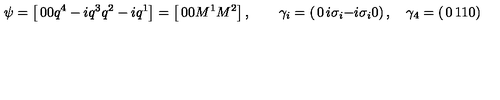
\psi = \left[ \begin{matrix} { 0 } \\ { 0 } \\ { q ^ { 4 } - i q ^ { 3 } } \\ { q ^ { 2 } - i q ^ { 1 } } \\ \end{matrix} \right] = \left[ \begin{matrix} { 0 } \\ { 0 } \\ { M ^ { 1 } } \\ { M ^ { 2 } } \\ \end{matrix} \right] , \quad \quad \gamma _ { i } = \left( \begin{matrix} { 0 } & { i \sigma _ { i } } \\ { - i \sigma _ { i } } & { 0 } \\ \end{matrix} \right) , \quad \gamma _ { 4 } = \left( \begin{matrix} { 0 } & { 1 } \\ { 1 } & { 0 } \\ \end{matrix} \right) ,